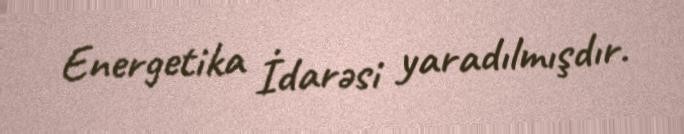
Energetika İdarəsi yaradılmışdır.